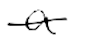
Text: a
Cross-out: single-line
Writing tool: digital_black